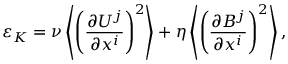
\varepsilon _ { \cal { K } } = \nu \left\langle { \left( { \frac { \partial U ^ { j } } { \partial x ^ { i } } } \right) ^ { 2 } } \right\rangle + \eta \left\langle { \left( { \frac { \partial B ^ { j } } { \partial x ^ { i } } } \right) ^ { 2 } } \right\rangle ,